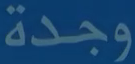
وجدة